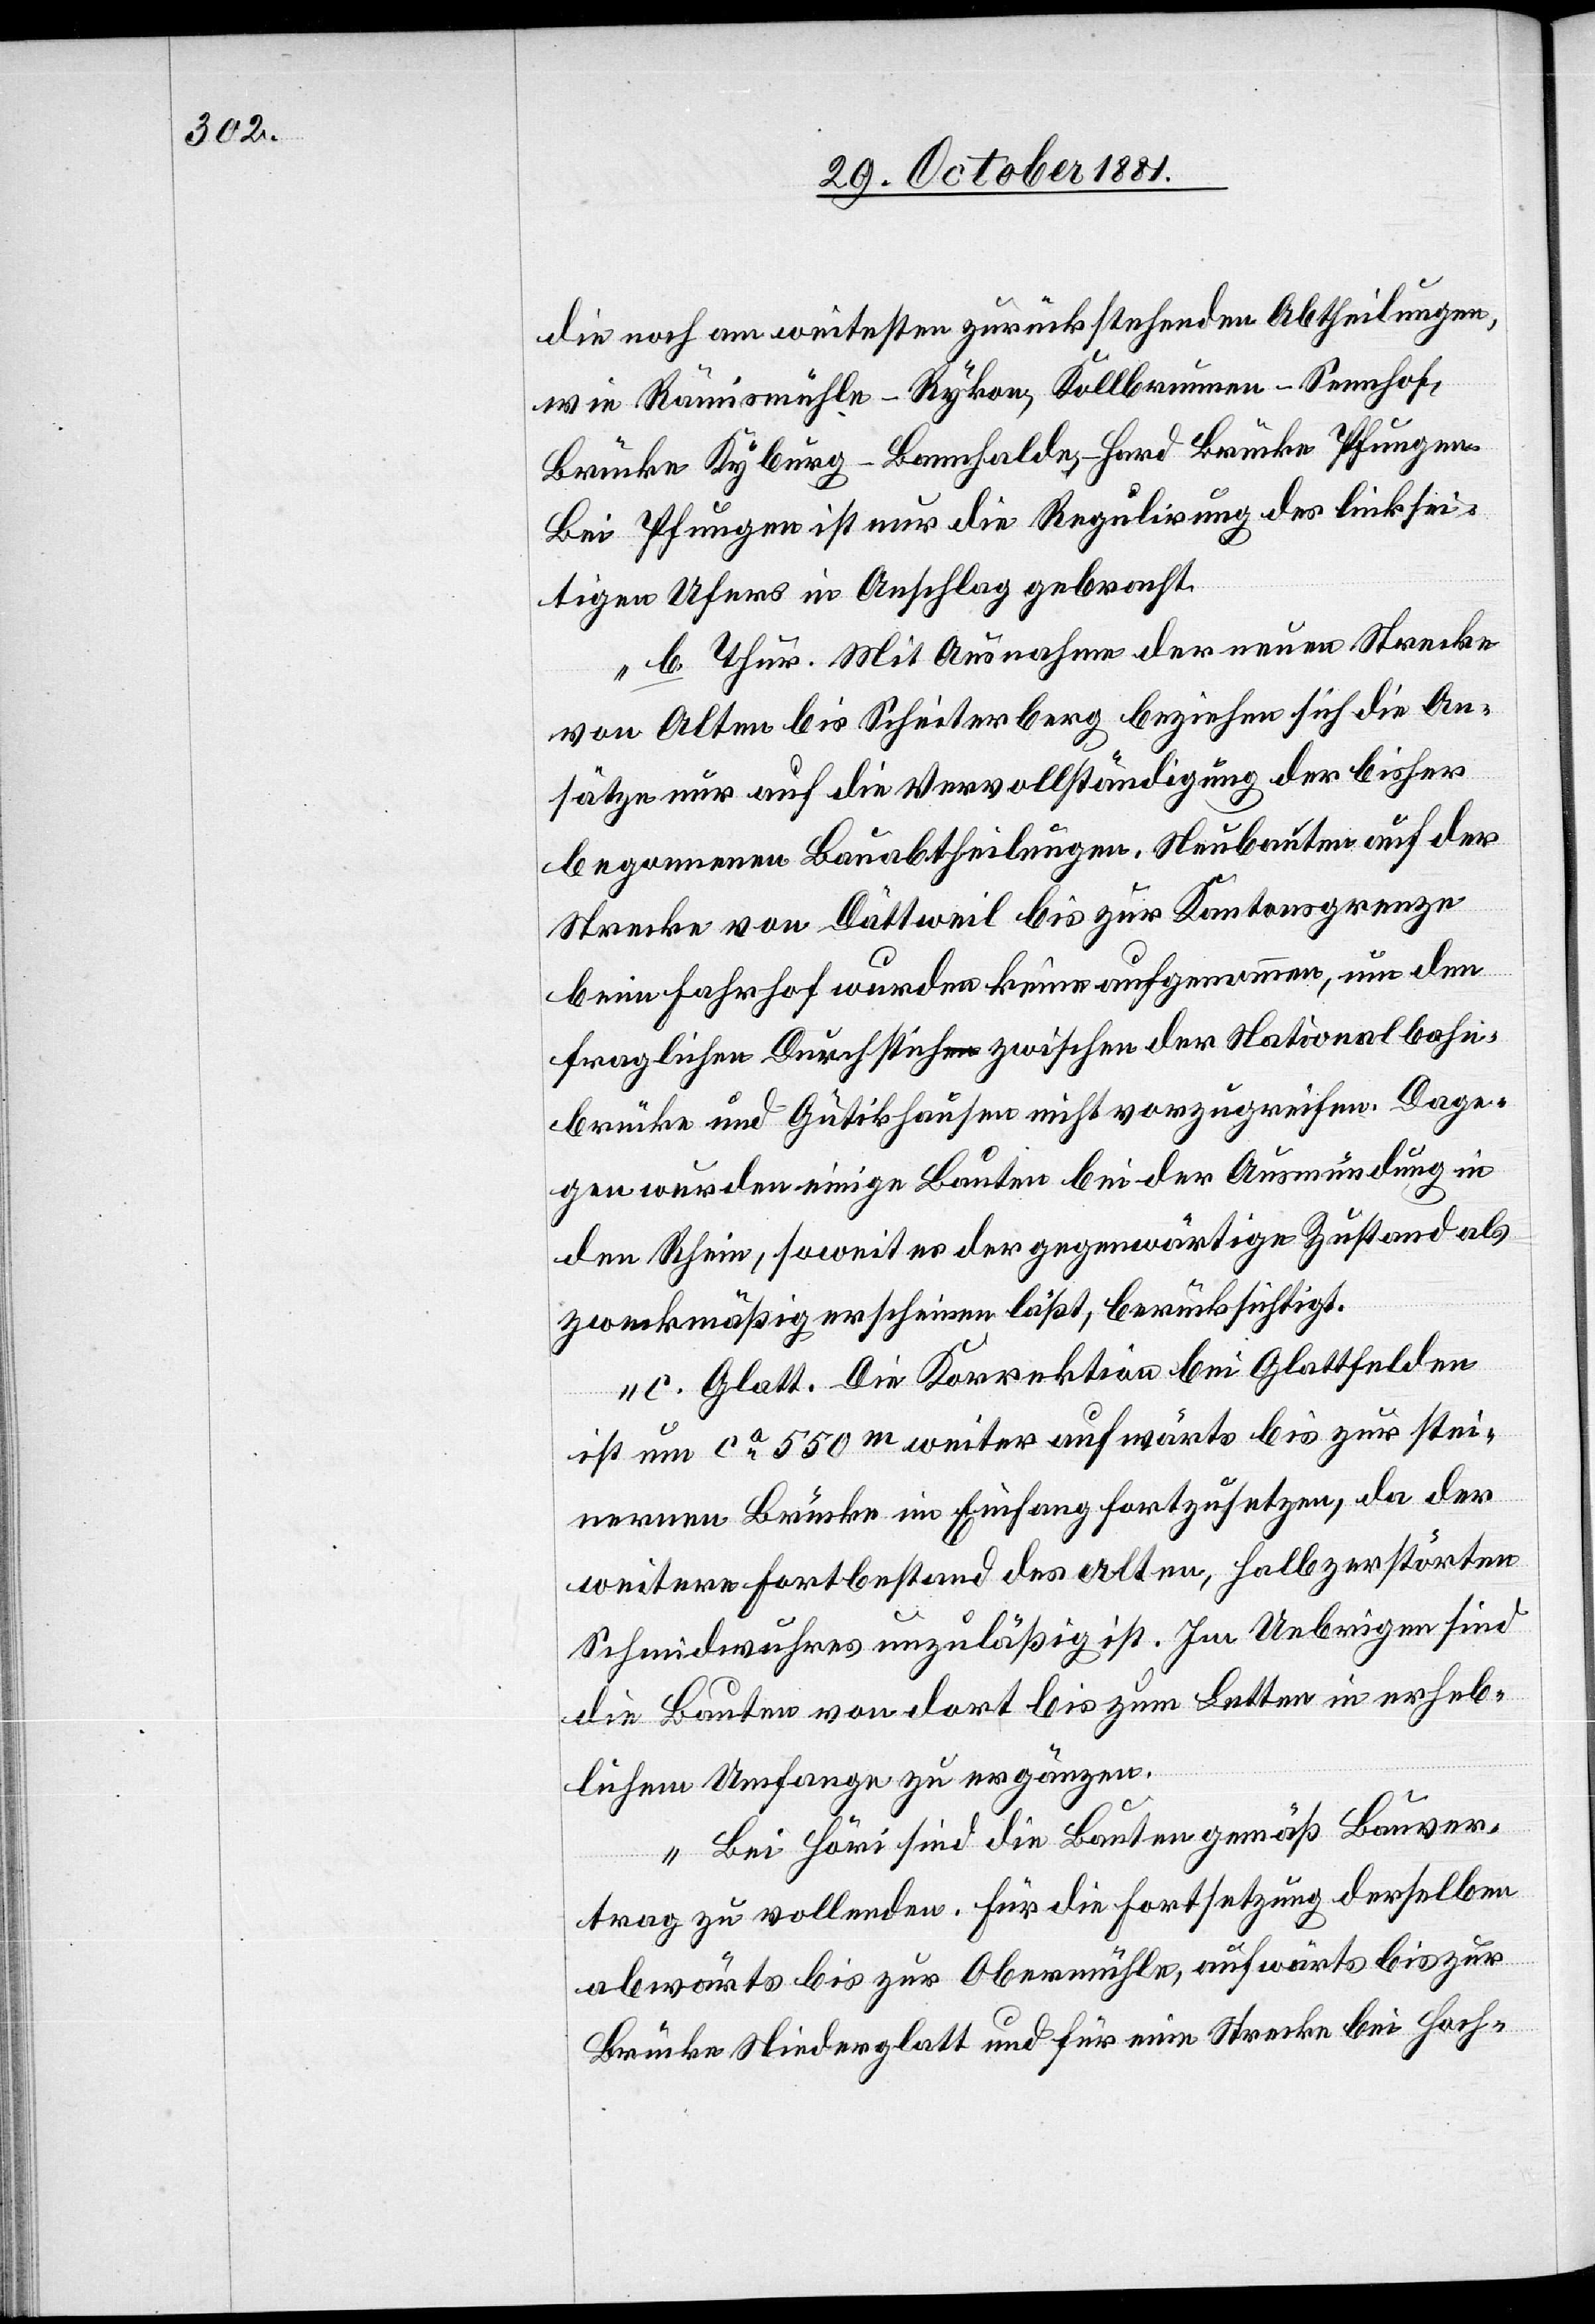
die noch am weitesten zurückstehenden Abtheilungen,
wie Rämismühle - Rykon, Kollbrunnen - Sennhof,
Brücke Kyburg–Bannhalde–Hard Brücke Pfungen.
Bei Pfungen ist nur die Regulirung des linksei¬
tigen Ufers in Anschlag gebracht.
b. Thur. Mit Ausnahme der neuen Strecke
von Olten bis Scheiterberg beziehen sich die An¬
sätze nur auf die Vervollständigung der bisher
begonnenen Bauabtheilungen. Neubauten auf der
Strecke von Dättweil bis zur Kantonsgrenze
beim Fahrhof wurden keine aufgenommen, um den
fraglichen Durchstich zwischen der Nationalbahn¬
brücke und Gütikhausen nicht vorzugreifen. Dage¬
gen wurden einige Bauten bei der Ausmündung in
den Rhein, soweit es der gegenwärtige Zustand als
zweckmäßig erscheinen läßt, berücksichtigt.
c. Glatt. Die Korrektion bei Glattfelden
ist um ca 550m weiter aufwärts bis zur stei¬
nernen Brücke im Einfang fortzusetzen, da der
weitere Fortbestand des Alten, halb zerstörten
Schmidwuhres unzuläßig ist. Im Uebrigen sind
die Bauten von dort bis zum Letten in erheb¬
lichem Umfange zu ergänzen.
Bei Höri sind die Bauten gemäß Bauver¬
trage zu vollenden. Für die Fortsetzung derselben
abwärts bis zur Obermühle, aufwärts bis zur
Brücke Niederglatt und für eine Strecke bei Hoch-